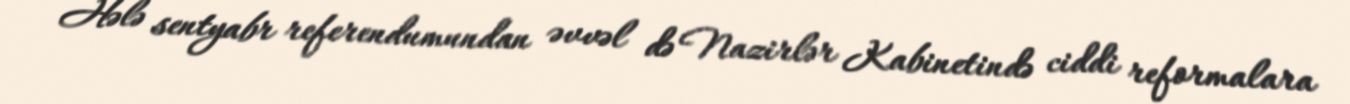
Hələ sentyabr referendumundan əvvəl də Nazirlər Kabinetində ciddi reformalara